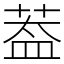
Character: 葢